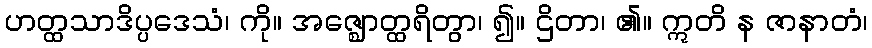
ဟတ္ထသာဒိပ္ပဒေသံ၊ ကို။ အဇ္ဈောတ္ထရိတွာ၊ ၍။ ဌိတာ၊ ၏။ ဣတိ န ဇာနာတံ၊